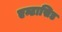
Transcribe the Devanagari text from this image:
एन्टासिड